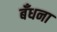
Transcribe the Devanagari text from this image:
बँधना